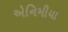
એનિમીયા